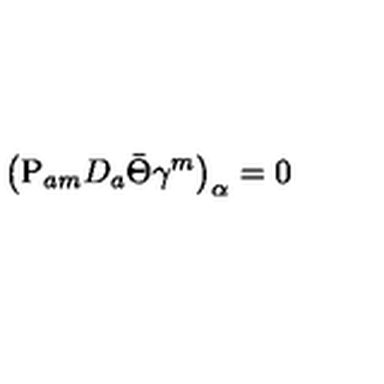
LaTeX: \left( \mathrm { P } _ { a m } D _ { a } \bar { \Theta } \gamma ^ { m } \right) _ { \alpha } = 0